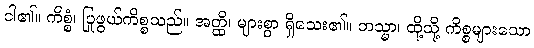
ငါ၏။ ကိစ္စံ၊ ပြုဖွယ်ကိစ္စသည်။ အတ္ထိ၊ များစွာ ရှိသေး၏။ တသ္မာ၊ ထို့သို့ ကိစ္စများသော